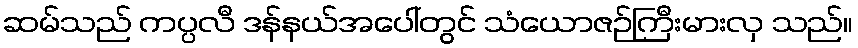
ဆမ်သည် ကပ္ပလီ ဒန်နယ်အပေါ်တွင် သံယောဇဉ်ကြီးမားလှ သည်။